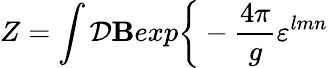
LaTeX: Z=\int{\cal D}{\mathbf B}exp\bigg\{ -{\frac{4\pi}{g}}\varepsilon^{lmn}